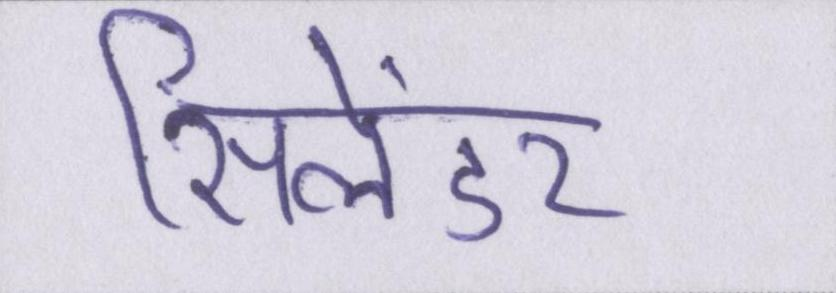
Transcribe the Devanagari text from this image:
सिलेंडर